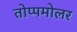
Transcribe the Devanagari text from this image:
तोप्पमोलर